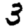
Digit: 3